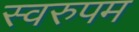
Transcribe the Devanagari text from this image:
स्वरुपम